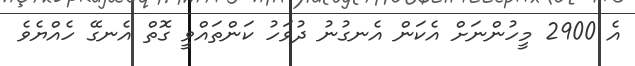
އެ 2900 މީހުންނަށް އެކަން އެނގުނު ދުވަހު ކަންތައްވީ ގޮތް އެނގޭ ހެއްޔެވެ